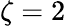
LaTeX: \zeta=2